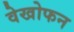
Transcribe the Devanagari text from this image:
वेखोफन